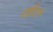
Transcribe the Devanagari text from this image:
राईटरों